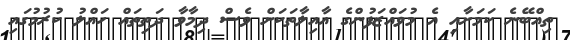
ތިއްބޭނެ ކަމަށާއި އެ މުވައްޒަފުންގެ އާއިލާތަކަށް ވެސް ދިމާވާ ދަތިތައް ހައްލު ކުރުމުގައި